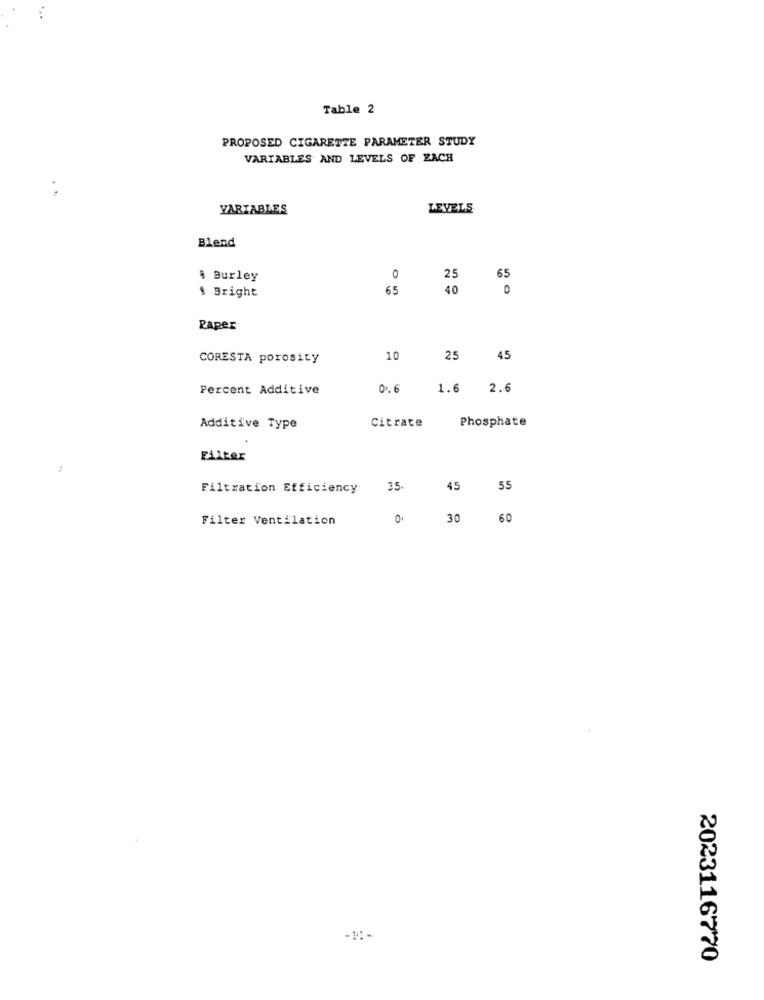
Table 2
PROPOSED CIGARETTE PARAMETER STUDY
VARIABLES AND LEVELS OF EACH
VARIABLES
LEVELS
Blend
§ Burley
0
25
65
$ Bright
65
40
0
Paper
CORESTA porosity
10
25
45
Percent Additive
0 .. 6
1.6 2.6
Phosphate
Additive Type
Citrate
Filter
Filtration Efficiency
35.
45
55
Filter Ventilation
0.
30
60
-11-
2023116770